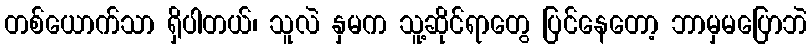
တစ်ယောက်သာ ရှိပါတယ်၊ သူလဲ နှမက သူ့ဆိုင်ရာတွေ ပြင်နေတော့ ဘာမှမပြောဘဲ